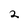
Character: 2